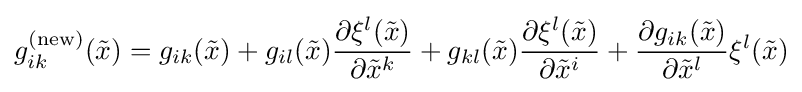
g_{ik}^{\text{(new)}}({\tilde {x}})=g_{ik}({\tilde {x}})+g_{il}({\tilde {x}}){\frac {\partial \xi ^{l}({\tilde {x}})}{\partial {\tilde {x}}^{k}}}+g_{kl}({\tilde {x}}){\frac {\partial \xi ^{l}({\tilde {x}})}{\partial {\tilde {x}}^{i}}}+{\frac {\partial g_{ik}({\tilde {x}})}{\partial {\tilde {x}}^{l}}}\xi ^{l}({\tilde {x}})